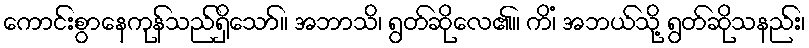
ကောင်းစွာနေကုန်သည်ရှိသော်။ အဘာသိ၊ ရွတ်ဆိုလေ၏။ ကိံ၊ အဘယ်သို့ ရွတ်ဆိုသနည်း၊